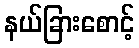
နယ်ခြားစောင့်